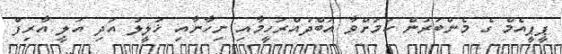
ޕީޕީއެމް ގެ މެންބަރުން ކަމަށްވާ އަބްދުއްރަހީމާއި ނިހާނާއި ޚަލީލު އަދި އަލީ އާރިފް